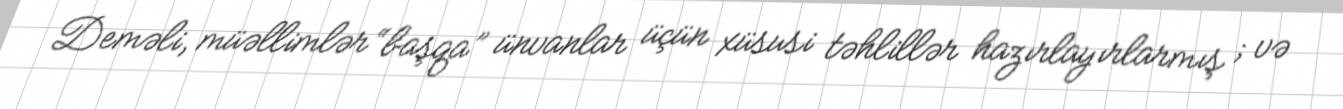
Deməli, müəllimlər “başqa” ünvanlar üçün xüsusi təhlillər hazırlayırlarmış ; və